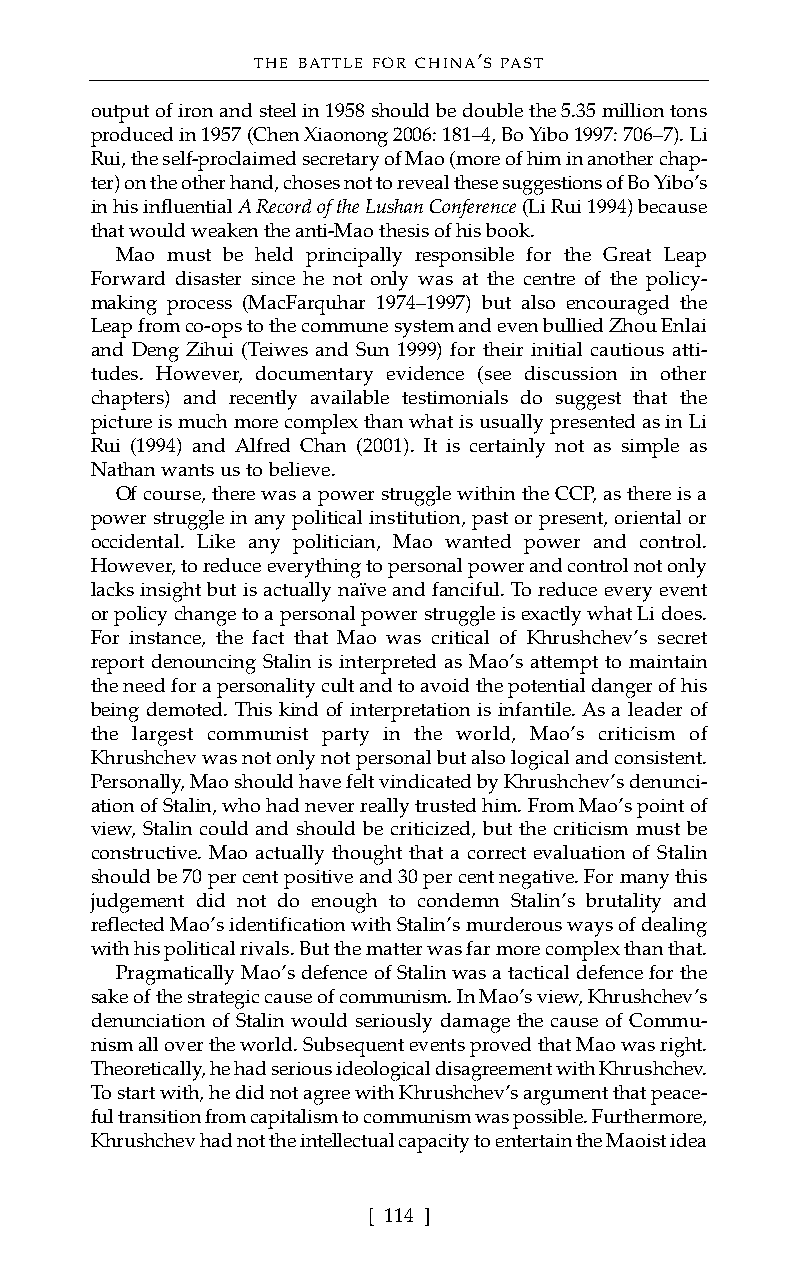
THE BATTLE FOR CHINA’S PAST
 output of iron and steel in 1958 should be double the 5.35 million tons
 produced in 1957 (Chen Xiaonong 2006: 181–4, Bo Yibo 1997: 706–7). Li
 Rui, the self-proclaimed secretary of Mao (more of him in another chap-
 ter) on the other hand, choses not to reveal these suggestions of Bo Yibo’s
 in his influential A Record of the Lushan Conference (Li Rui 1994) because
 that would weaken the anti-Mao thesis of his book.
 Mao must be held principally responsible for the Great Leap
 Forward disaster since he not only was at the centre of the policy-
 making process (MacFarquhar 1974–1997) but also encouraged the
 Leap from co-ops to the commune system and even bullied Zhou Enlai
 and Deng Zihui (Teiwes and Sun 1999) for their initial cautious atti-
 tudes. However, documentary evidence (see discussion in other
 chapters) and recently available testimonials do suggest that the
 picture is much more complex than what is usually presented as in Li
 Rui (1994) and Alfred Chan (2001). It is certainly not as simple as
 Nathan wants us to believe.
 Of course, there was a power struggle within the CCP, as there is a
 power struggle in any political institution, past or present, oriental or
 occidental. Like any politician, Mao wanted power and control.
 However, to reduce everything to personal power and control not only
 lacks insight but is actually naïve and fanciful. To reduce every event
 or policy change to a personal power struggle is exactly what Li does.
 For instance, the fact that Mao was critical of Khrushchev’s secret
 report denouncing Stalin is interpreted as Mao’s attempt to maintain
 the need for a personality cult and to avoid the potential danger of his
 being demoted. This kind of interpretation is infantile. As a leader of
 the largest communist party in the world, Mao’s criticism of
 Khrushchev was not only not personal but also logical and consistent.
 Personally, Mao should have felt vindicated by Khrushchev’s denunci-
 ation of Stalin, who had never really trusted him. From Mao’s point of
 view, Stalin could and should be criticized, but the criticism must be
 constructive. Mao actually thought that a correct evaluation of Stalin
 should be 70 per cent positive and 30 per cent negative. For many this
 judgement did not do enough to condemn Stalin’s brutality and
 reflected Mao’s identification with Stalin’s murderous ways of dealing
 with his political rivals. But the matter was far more complex than that.
 Pragmatically Mao’s defence of Stalin was a tactical defence for the
 sake of the strategic cause of communism. In Mao’s view, Khrushchev’s
 denunciation of Stalin would seriously damage the cause of Commu-
 nism all over the world. Subsequent events proved that Mao was right.
 Theoretically, he had serious ideological disagreement with Khrushchev.
 To start with, he did not agree with Khrushchev’s argument that peace-
 ful transition from capitalism to communism was possible. Furthermore,
 Khrushchev had not the intellectual capacity to entertain the Maoist idea
 [ 114 ]